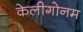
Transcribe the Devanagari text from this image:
केलीगोनम